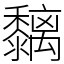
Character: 黐